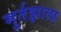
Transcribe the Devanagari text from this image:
मुर्तझाला